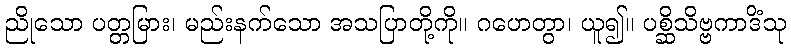
ညိုသော ပတ္တမြား၊ မည်းနက်သော အသပြာတို့ကို။ ဂဟေတွာ၊ ယူ၍။ ပစ္ဆိသိဗ္ဗကာဒိံသု